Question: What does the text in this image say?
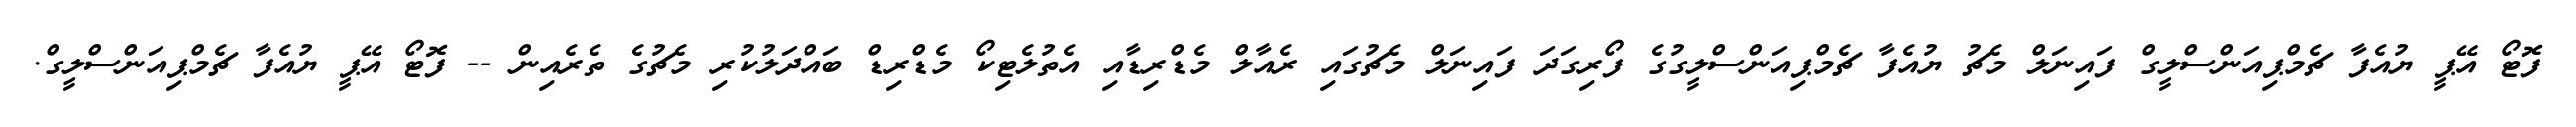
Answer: ފޮޓޯ އޭޕީ ޔުއެފާ ޗެމްޕިއަންސްލީގް ފައިނަލް މެޗު ޔުއެފާ ޗެމްޕިއަންސްލީގުގެ ފޯރިގަދަ ފައިނަލް މެޗުގައި ރެއާލް މެޑްރިޑާއި އެތުލެޓިކޯ މެޑްރިޑް ބައްދަލުކުރި މެޗުގެ ތެރެއިން -- ފޮޓޯ އޭޕީ ޔުއެފާ ޗެމްޕިއަންސްލީގް.